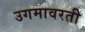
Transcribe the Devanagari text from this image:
उगमावरती